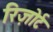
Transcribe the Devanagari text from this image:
रिज़ोर्ट